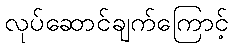
လုပ်ဆောင်ချက်ကြောင့်